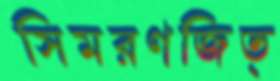
সিমরণজিত্